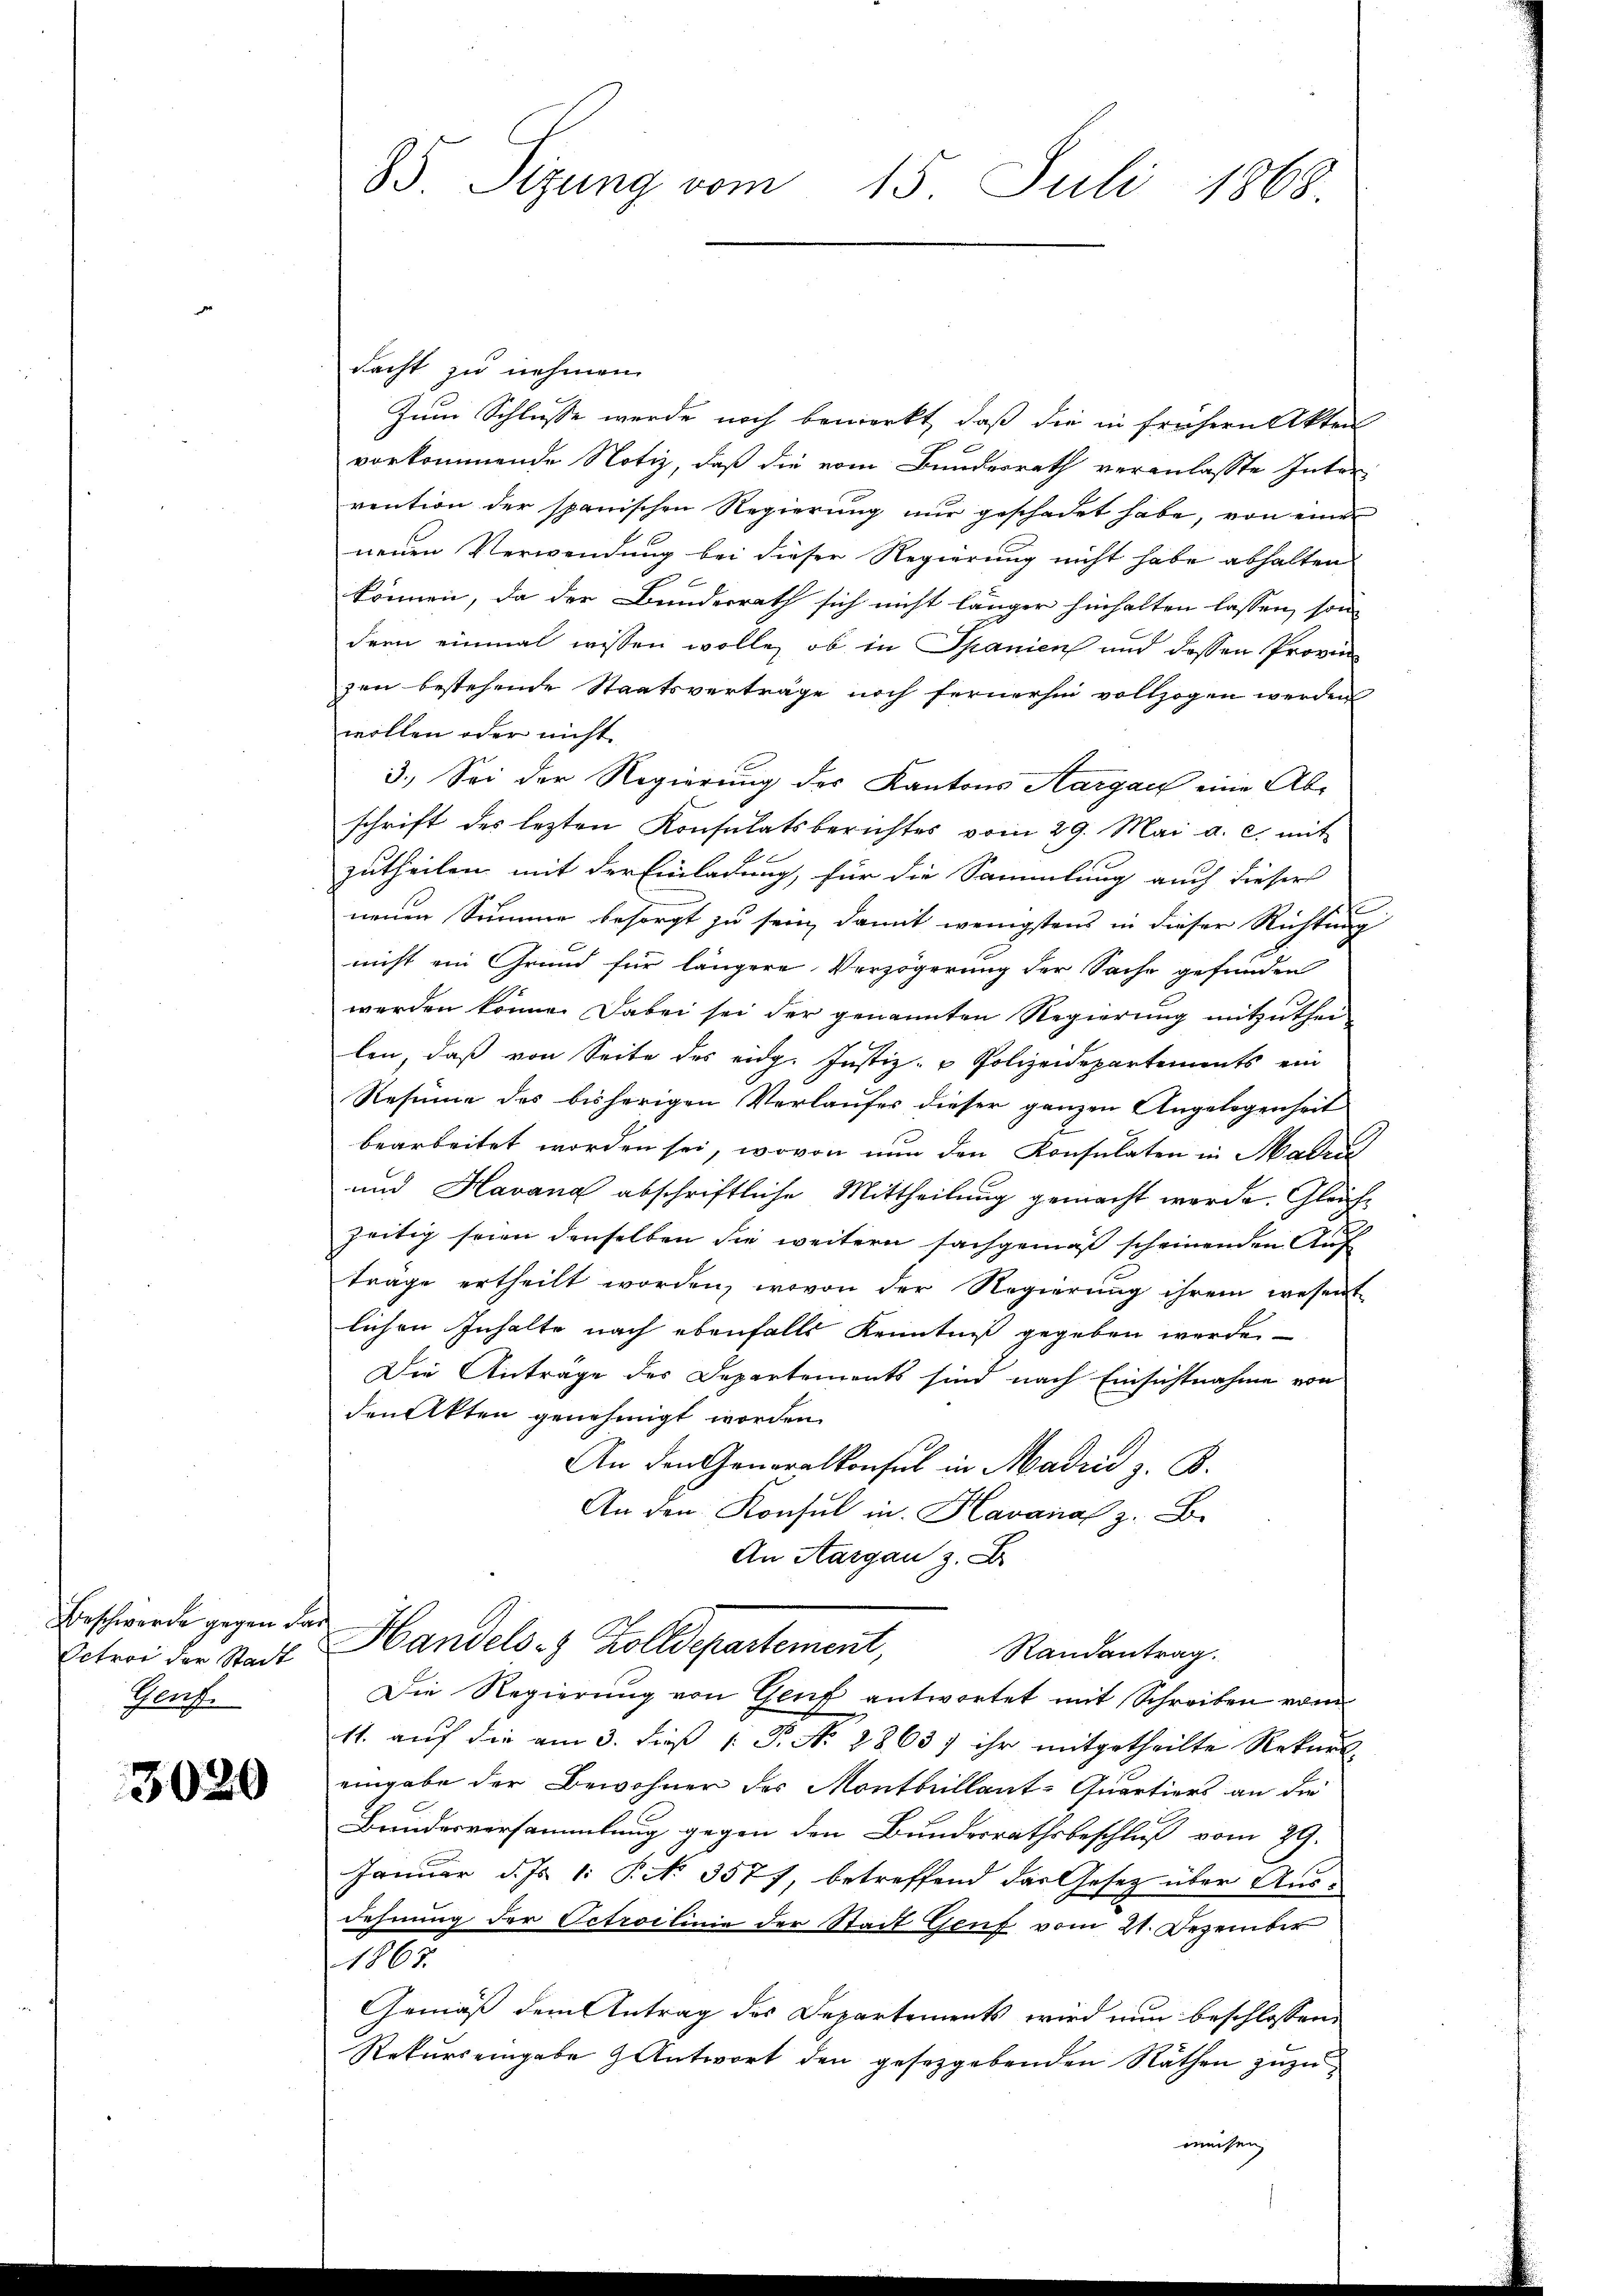
Octroi der Stadt
Genf.

3020

85 Sizung vom 15. Juli 1868.

dacht zu nehmen.
Zum Schlusse werde noch bemerkt, daß die in frühern Akten
vorkommende Notiz, daß die vom Bundesrath veranlasste Intervention der spanischen Regierung nur geschadet habe, von einer
neuen Verwendung bei dieser Regierung nicht habe abhalten
können, da der Bundesrath sich nicht länger hinhalten lassen, son
dern einmal wissen wolle, ob in Spanien und dessen Provin
zen bestehende Staatsverträge noch fernerhin vollzogen werden
wollen oder nicht
3.) Sei der Regierung des Kantons Aargau eine Abschrift des lezten Konsulatsberichtes vom 29. Mai a. c. mit
zutheilen mit der Einladung, für die Sammlung auch dieser
neuen Summe besorgt zu sein, damit wenigstens in dieser Richtung
nicht ein Grund für längere Verzögerung der Sache gefunden
werden könne. Dabei sei der genannten Regierung mitzuthen-
len, daß von Seite des eidg. Justiz- & Polizeidepartements ein
Resinne des bisherigen Verlaufer dieser ganzen Angelegenheit
bearbeitet worden sei, wovon nun den Konsulaten in Matri
und Havana abschriftliche Mittheilung gemacht werde. Gleichzeitig seien denselben die weitern sachgemäß scheinenden Auf
trage ertheilt worden, wovon der Regierŭng ihrem wesent
lichen Inhalte nach ebenfalls Kenntniß gegeben werde
Die Antrage des Departements sind nach Einsichtnahme von
den Akten genehmigt worden.
An den Generalkonsul in Madrid z. B.
An den Konsul in Havanal z. B.
An Aargau z. B
Beschwerde gegen den Handels es Zolldepartement,
Randantrag.
Die Regierung von Genf antwortet mit Schreiben vom
11. auf die am 3. dieß P. N. 2863) ihr mitgetheilte Rekurs-
eingabe der Bewohner des Montbuillant-Quartiers an die
Bundesversammlung gegen den Bundesrathsbeschluß vom 29.
Januar d. Js. 1: P. No 3577, betreffend das Gesetz über Ausdehnung der Petroclinie der Stadt Genf vom 21. Dezember
1863.
Gemäß dem Antrag des Departements wird nun beschlossen,
Rekursengabe antwort den gesetzgebenden Räthen zuzurweisen,